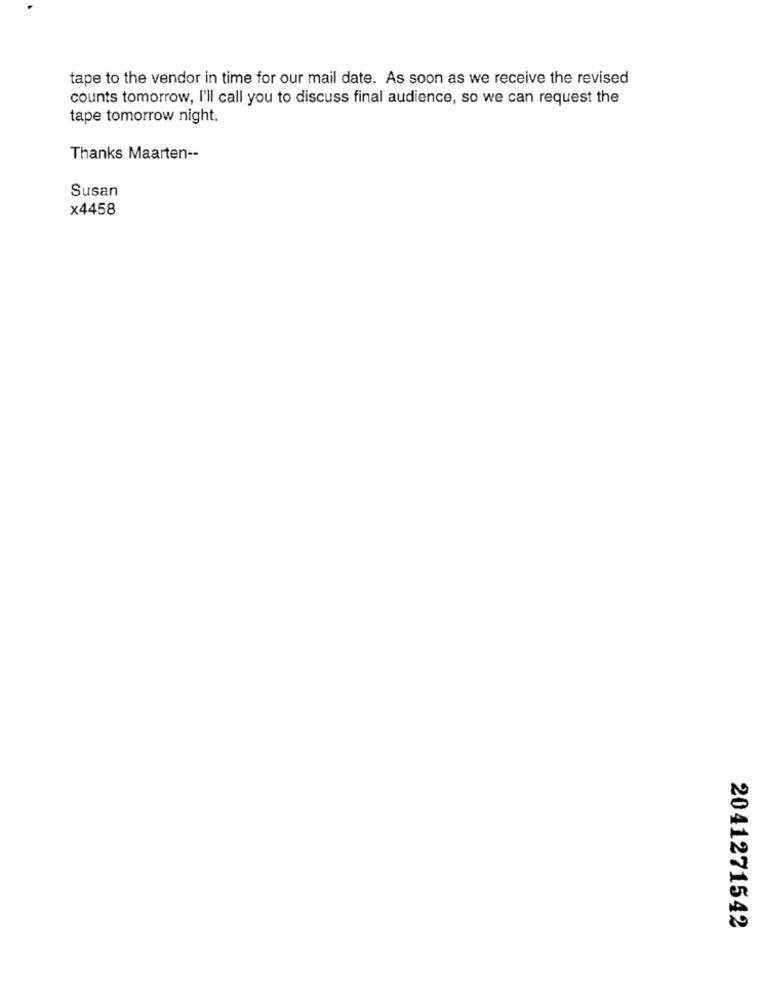
tape to the vendor in time for our mail date. As soon as we receive the revised
counts tomorrow, I'll call you to discuss final audience, so we can request the
tape tomorrow night.
Thanks Maarten --
Susan
x4458
2041271542